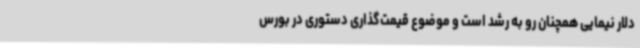
دلار نیمایی همچنان رو به رشد است و موضوع قیمت‌گذاری دستوری در بورس